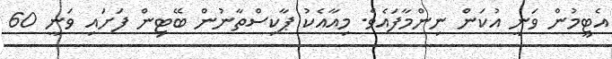
އެޓީމުން ވަނީ އުކަން ނިންމާފައެވެ. މިއާއެކު ޕާކިސްތާނުން ބޭޓިން ފަށައި ވަނީ 60